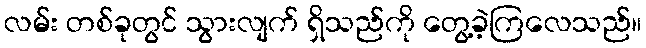
လမ်း တစ်ခုတွင် သွားလျက် ရှိသည်ကို တွေ့ခဲ့ကြလေသည်။